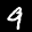
Label: 9